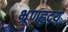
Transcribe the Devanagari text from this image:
भ्रूणहृदय